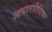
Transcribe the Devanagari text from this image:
आधारपीठिका